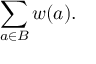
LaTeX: \sum _ { a \in B } w ( a ) .